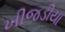
ખીજડીયા